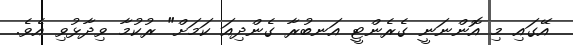
އޭގައި މި އޮންނަނީ ގެރެންޓީ އަނބުރާ ގެންދިއަ ކަމަށް" ރުކުމާ ވިދާޅުވި އެވެ.